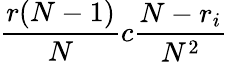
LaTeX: \frac{r(N-1)}{N}c\frac{N-r_{i}}{N^{2}}